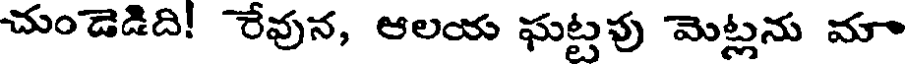
చుండెడిది! రేవున, ఆలయ ఘట్టవు మెట్లను మా